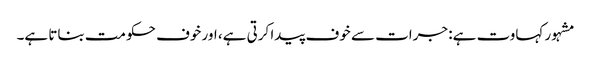
مشہور کہاوت ہے: جرات سے خوف پیدا کرتی ہے، اور خوف حکومت بناتا ہے۔